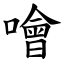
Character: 噲